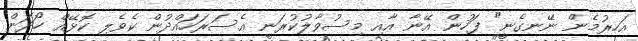
އަހރުމެން ނޭނގެނީ" ފަހުން އޭނާ އާއި މިސުވާލުކުރަނީ އެސަރަހައްދުން ކެވެލި ކޮޅޭއް ހޯދަން